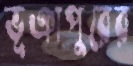
ভূঞাপুরের